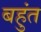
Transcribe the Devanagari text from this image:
बहुंत